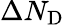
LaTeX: \Delta N_{\mathrm{D}}